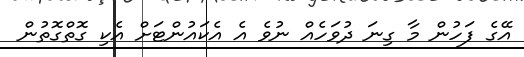
އޭގެ ފަހުން މާ ގިނަ ދުވަހެއް ނުވެ އެ އެކައުންޓަށް އެކި ގޮތްގޮތުން